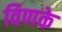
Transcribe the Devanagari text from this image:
विणके